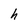
Character: h